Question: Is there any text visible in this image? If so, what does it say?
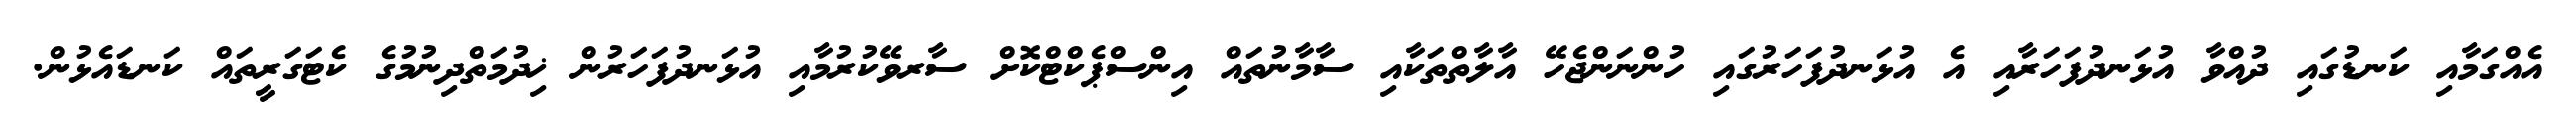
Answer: އެއްގަމާއި ކަނޑުގައި ދުއްވާ އުޅަނދުފަހަރާއި އެ އުޅަނދުފަހަރުގައި ހުންނަންޖެހޭ އާލާތްތަކާއި ސާމާނުތައް އިންސްޕެކްޓްކޮށް ސާރވޭކުރުމާއި އުޅަނދުފަހަރުން ޚިދުމަތްދިނުމުގެ ކެޓަގަރީތައް ކަނޑައެޅުން.